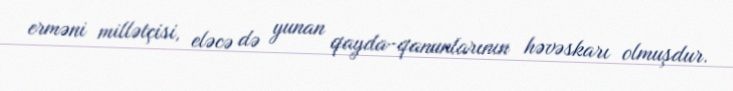
erməni millətçisi, eləcə də yunan qayda-qanunlarının həvəskarı olmuşdur.